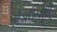
ગોડાઉનથી